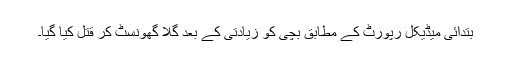
بتدائی میڈیکل رپورٹ کے مطابق بچی کو زیادتی کے بعد گلا گھونسٹ کر قتل کیا گیا۔